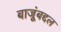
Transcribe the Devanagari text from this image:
बाजूंबद्दल